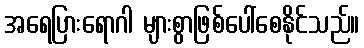
အရေပြားရောဂါ များစွာဖြစ်ပေါ်စေနိုင်သည်။